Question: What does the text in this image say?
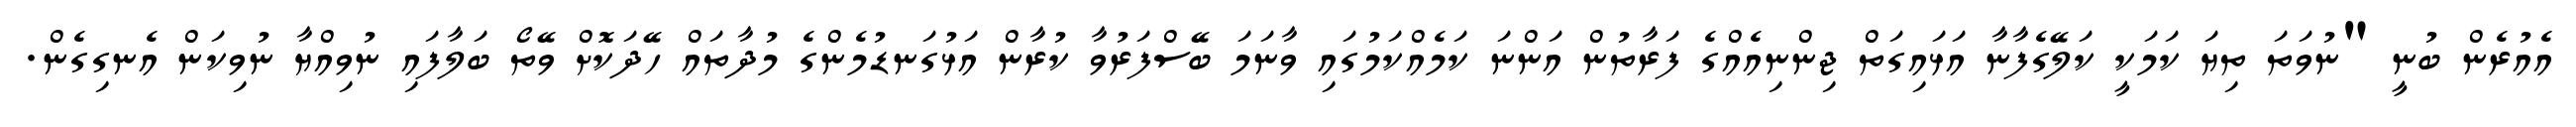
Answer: އެއުރެން ބުނީ "ނުވަތަ ތިޔަ ކަމަކީ ކަލޭގެފާނާ އަޅައިގަތް ޖިންނިއެއްގެ ފަރާތުން އަންނަ ކަމެއްކަމުގައި ވާނަމަ ބޭސްފަރުވާ ކުރާން އަޅުގަނޑުމެންގެ މުދާތައް ހޭދަކޮށް ވޭތޯ ބަލާފައި ނުވިއްޔާ ނުވިކަން އެނގިގެން.